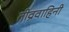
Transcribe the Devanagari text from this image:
तीव्रवाहिनी